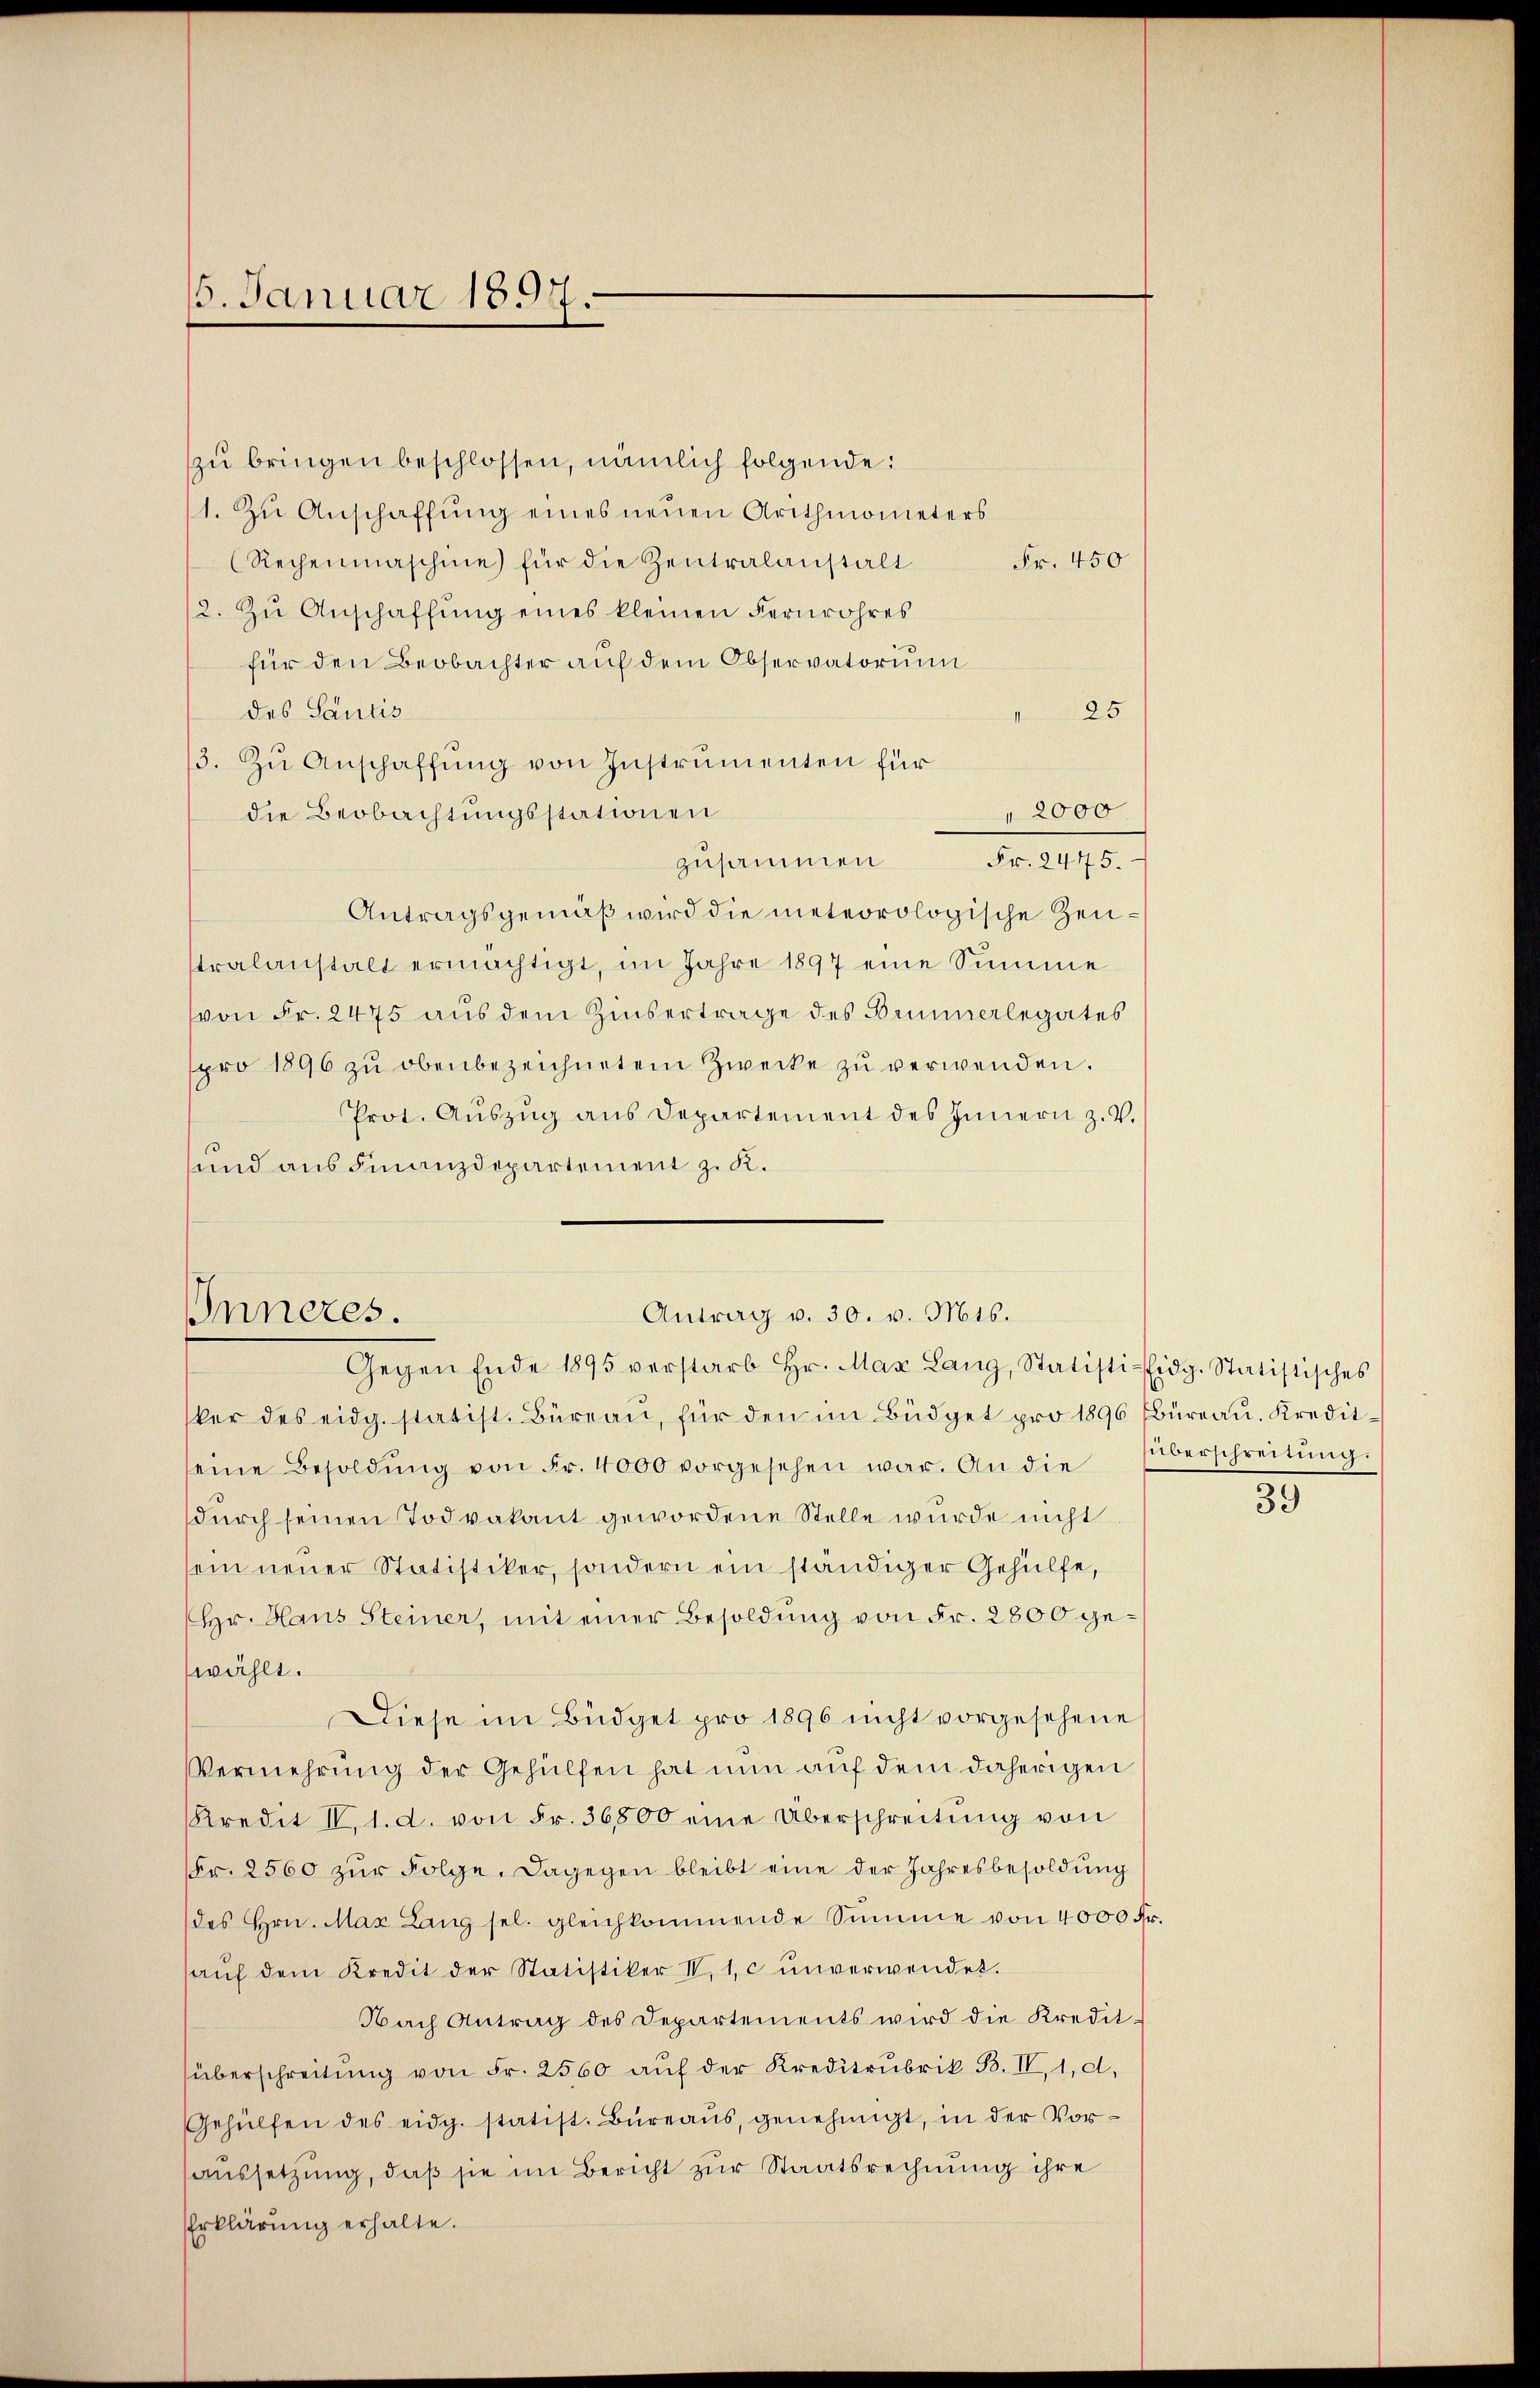
15. Januar 1897.

zu bringen beschlossen, nämlich folgende:
1. Zu Anschaffŭng eines neuen Arithmometers
(Rechenmaschine für die Zentralanstalt
Fr. 450
2. Zu Anschaffŭng eines kleinen Fernrohres
für den Beobachter auf dem Observatorium
des Santis
25
3. Zu Anschaffŭng von Instrumenten für
 2000
die Beobachtungsstationen
zusammen Fr. 2475.
Antragsgemäß wird die meteorologische Zeustralanstalt ermächtigt, im Jahre 1897 eine Summe
von Fr. 2475 aus dem Zinsertrage des Brunnerlegates
spro 1896 zŭ obenbezeichnetem Zwecke zŭ verwenden.
Prot. Aŭszŭg aŭs Departement des Innern z. V.
und aus Finanzdepartement z. R.
ker des eidg. statist. Büreau, für den im Büdget pro 1896 Bbüreau. Kreditseine Besoldŭng von Fr. 4000 vorgesehen war. An die Überschreitŭng.
durch seinen Todvakant gewordene Stelle wurde nicht
sein neuer Statistiker, sondern ein ständiger Gehülfe,
Hr. Haus Steiner, mit einer Besoldung von Fr. 2800 gewählt.
Diese im Büdget pro 1896 nicht vorgesehene
Vermehrung der Gehülfen hat nun auf dem daherigen
Kredit II,1. d. von Fr. 36500 eine Überschreitung von
Fr. 2560 zŭr Folge. Dagegen bleibt eine der Jahresbesoldung
des Hrn. Max Lang sel. gleichkommende Summe von 4000 Fr.
haŭf dem Kredit der Statistiker IV. 1. c unverwendet.
Nach Antrag des Departements wird die Kredit-
überschreitŭng von Fr. 2560 aŭf der Kreditrubrik B. II, 1, d.
Gehülfen des eidg. statist. Büreaŭs, genehmigt, in der Voraussetzung, daß sie im Bericht zur Staatsrechnung ihre
Erklärung erhalte.

Inneres.

Antrag v. 30. v. Mts.
Gegen Ende 1895 verstarb Hr. Max Lang, Statisti-Eidg. Statistisches

39